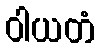
ဝါယတံ